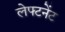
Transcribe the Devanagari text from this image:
लेफ्टनेंट